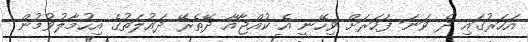
އަހަރުގައި ދެ ވަނަ ފަހަރަށް ވިހޭނީ އެ ކުއްޖާއާ ދޭތެރޭ ދައުލަތުގެ އިހުމާލުވުމުން